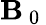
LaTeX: \mathbf{B}_{\mathrm{~0~}}